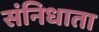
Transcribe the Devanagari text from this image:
संनिधाता